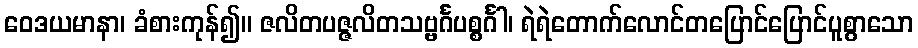
ဝေဒယမာနာ၊ ခံစားကုန်၍။ ဇလိတပဇ္ဇလိတသဗ္ဗင်္ဂပစ္စင်္ဂါ၊ ရဲရဲတောက်လောင်တပြောင်ပြောင်ပူစွာသော